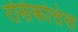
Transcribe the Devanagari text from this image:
रसिकोत्तंस